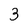
Character: 3